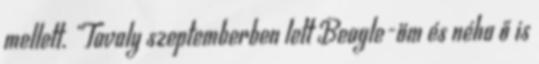
mellett. „Tavaly szeptemberben lett Beagle-öm és néha ő is